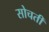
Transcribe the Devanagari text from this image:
सोचतीं